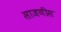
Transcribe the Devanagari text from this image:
साजणीस